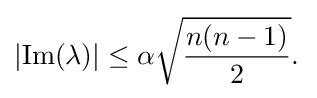
\left|\operatorname {Im} (\lambda )\right|\leq \alpha {\sqrt {\frac {n(n-1)}{2}}}.\,{}